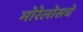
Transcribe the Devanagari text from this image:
मोरेलोसचे